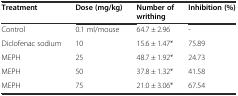
| Treatment | Dose (mg/kg) | Number of writhing | Inhibition (%) |
 | --- | --- | --- | --- |
 | Control | 0.1 ml/mouse | 64.7 ± 2.96 | - |
 | Diclofenac sodium | 10 | 15.6 ± 1.47* | 75.89 |
 | MEPH | 25 | 48.7 ± 1.92* | 24.73 |
 | MEPH | 50 | 37.8 ± 1.32* | 41.58 |
 | MEPH | 75 | 21.0 ± 3.06* | 67.54 |